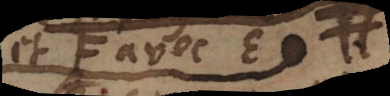
et F avec E. #